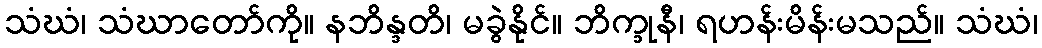
သံဃံ၊ သံဃာတော်ကို။ နဘိန္ဒတိ၊ မခွဲနိုင်။ ဘိက္ခုနီ၊ ရဟန်းမိန်းမသည်။ သံဃံ၊